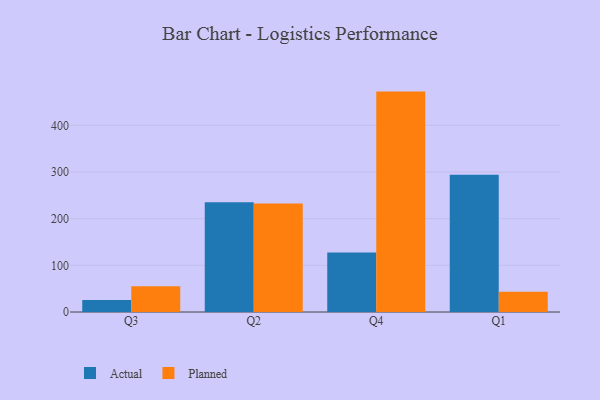
{"axis": {"x": "Quarter", "y": "Production Output"}, "legend": ["Actual", "Planned"], "data": [{"x": "Q3", "y": 25.8, "type": "Actual"}, {"x": "Q3", "y": 55.4, "type": "Planned"}, {"x": "Q2", "y": 235.2, "type": "Actual"}, {"x": "Q2", "y": 232.4, "type": "Planned"}, {"x": "Q4", "y": 127.3, "type": "Actual"}, {"x": "Q4", "y": 472.2, "type": "Planned"}, {"x": "Q1", "y": 294.2, "type": "Actual"}, {"x": "Q1", "y": 43.3, "type": "Planned"}]}